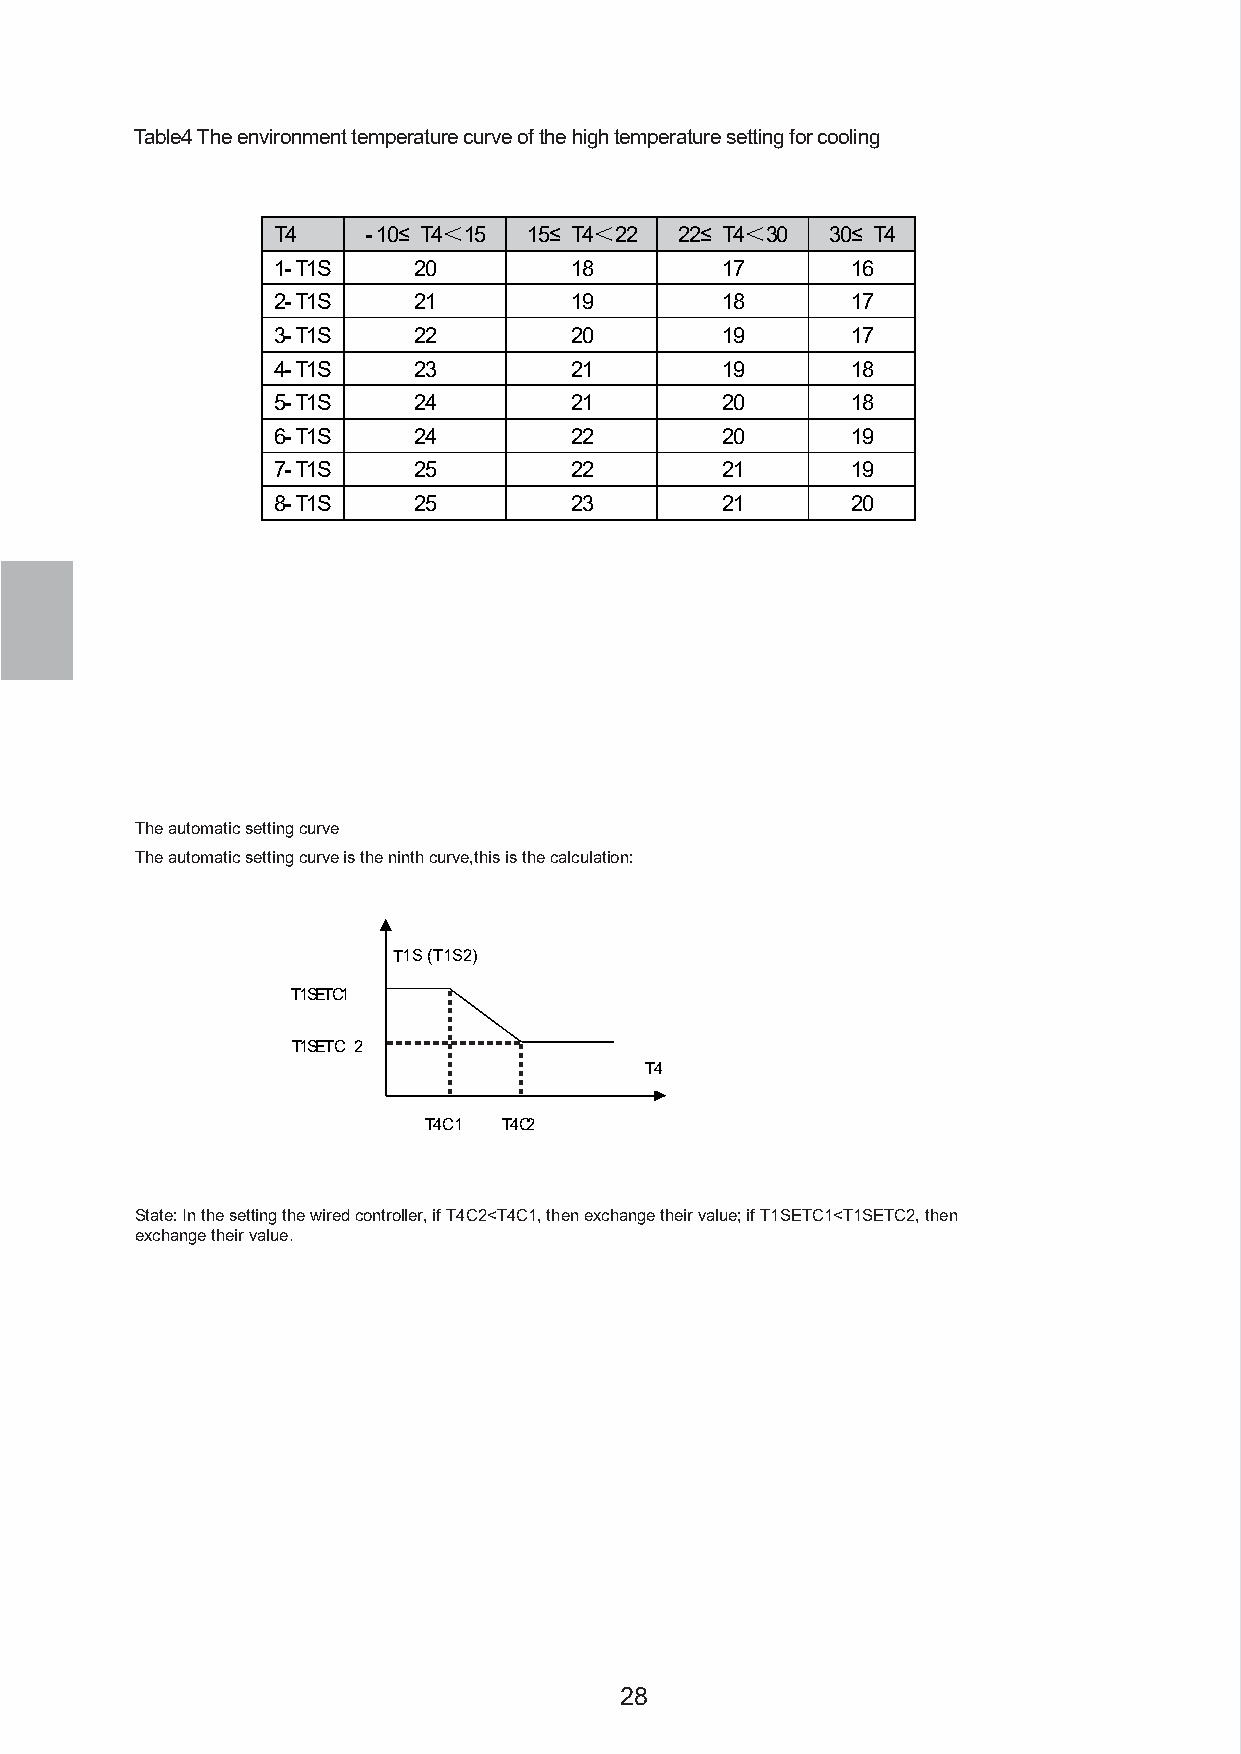
Table4 The environment temperature curve of the high temperature setting for cooling
 T4    -10≤ T4＜15 15≤ T4＜22 22≤ T4＜30 30≤ T4
 1-T1S    20         18        17      16
 2-T1S    21         19        18      17
 3-T1S    22         20        19      17
 4-T1S    23         21        19      18
 5-T1S    24         21        20      18
 6-T1S    24         22        20      19
 7-T1S    25         22        21      19
 8-T1S    25         23        21      20
 The automatic setting curve
 The automatic setting curve is the ninth curve,this is the calculation:
 T1S (T 1S2)
 T1SETC1
 T1SETC 2
 T4
 T4C1 T4C2
 State: In the setting the wired controller, if T4C2<T4C1, then exchange their value; if T1SETC1<T1SETC2, then
 exchange their value.
 28